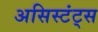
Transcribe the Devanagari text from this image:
असिस्टंट्स